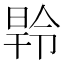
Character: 𭦝